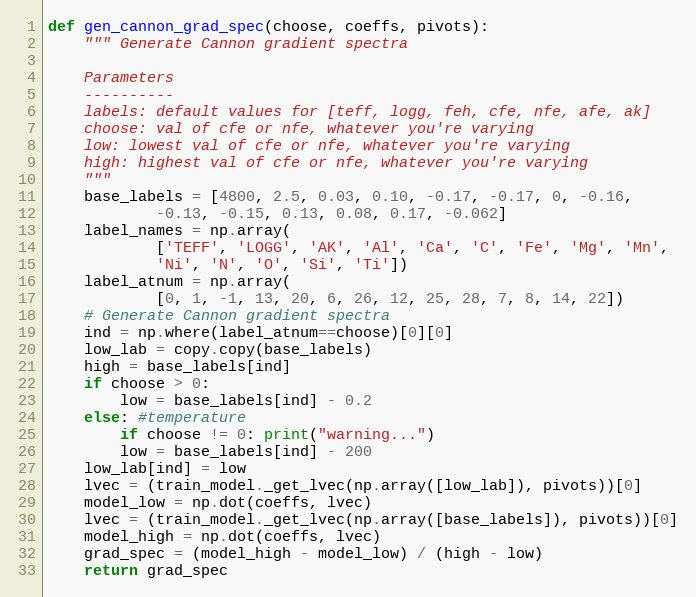
Language: Python
def gen_cannon_grad_spec(choose, coeffs, pivots):
    """ Generate Cannon gradient spectra

    Parameters
    ----------
    labels: default values for [teff, logg, feh, cfe, nfe, afe, ak]
    choose: val of cfe or nfe, whatever you're varying
    low: lowest val of cfe or nfe, whatever you're varying
    high: highest val of cfe or nfe, whatever you're varying
    """
    base_labels = [4800, 2.5, 0.03, 0.10, -0.17, -0.17, 0, -0.16,
            -0.13, -0.15, 0.13, 0.08, 0.17, -0.062]
    label_names = np.array(
            ['TEFF', 'LOGG', 'AK', 'Al', 'Ca', 'C', 'Fe', 'Mg', 'Mn',
            'Ni', 'N', 'O', 'Si', 'Ti'])
    label_atnum = np.array(
            [0, 1, -1, 13, 20, 6, 26, 12, 25, 28, 7, 8, 14, 22])
    # Generate Cannon gradient spectra
    ind = np.where(label_atnum==choose)[0][0]
    low_lab = copy.copy(base_labels)
    high = base_labels[ind]
    if choose > 0:
        low = base_labels[ind] - 0.2
    else: #temperature
        if choose != 0: print("warning...")
        low = base_labels[ind] - 200
    low_lab[ind] = low
    lvec = (train_model._get_lvec(np.array([low_lab]), pivots))[0]
    model_low = np.dot(coeffs, lvec)
    lvec = (train_model._get_lvec(np.array([base_labels]), pivots))[0]
    model_high = np.dot(coeffs, lvec)
    grad_spec = (model_high - model_low) / (high - low)
    return grad_spec